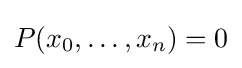
P(x_{0},\ldots ,x_{n})=0